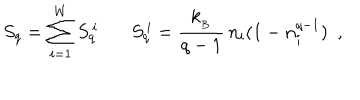
S _ { q } = \sum _ { i = 1 } ^ { W } S _ { q } ^ { \, i } \ \ \ S _ { q } ^ { \, i } = \frac { k _ { _ B } } { q - 1 } \, n _ { i } ( 1 - n _ { i } ^ { q - 1 } ) \ \ ,